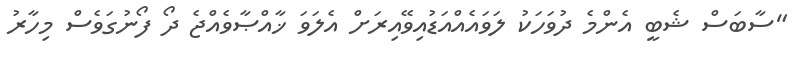
"ސާބަސް ޝެބީ އެންމެ ދުވަހަކު ލަވައެއްއަޑުއިވޭއިރަށް އެލަވަ ޚާއްޞާވެއްޖެ ދޯ ފޯނުގަވެސް މިހާރު